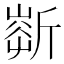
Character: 𣂹